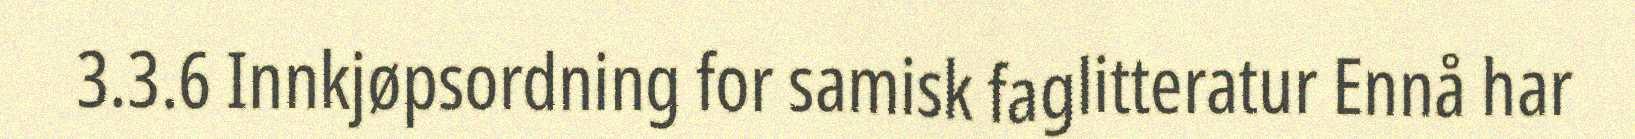
3.3.6 Innkjøpsordning for samisk faglitteratur Ennå har